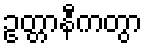
ဥတ္တာနီကတွာ